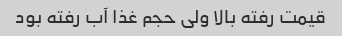
قیمت رفته بالا ولی حجم غذا آب رفته بود